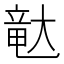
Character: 𪥛